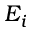
E _ { i }